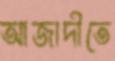
আজাদীতে